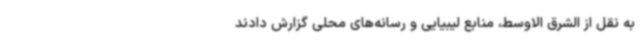
به نقل از الشرق الاوسط، منابع لیبیایی و رسانه‌های محلی گزارش دادند